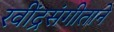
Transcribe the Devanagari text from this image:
रवींद्रसंगीताने